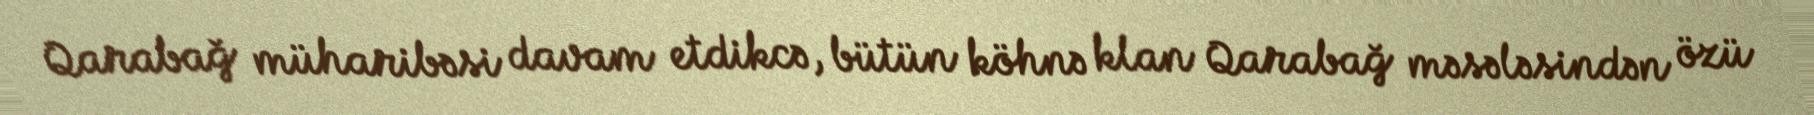
Qarabağ müharibəsi davam etdikcə, bütün köhnə klan Qarabağ məsələsindən özü